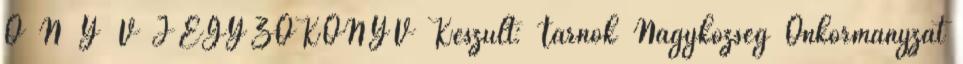
Ö N Y V JEGYZŐKÖNYV Készült: Tárnok Nagyközség Önkormányzat